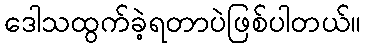
ဒေါသထွက်ခဲ့ရတာပဲဖြစ်ပါတယ်။